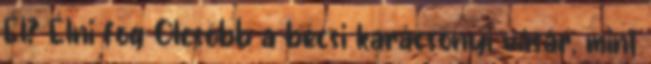
Él? Élni fog Olcsóbb a bécsi karácsonyi vásár, mint